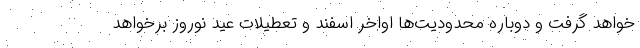
خواهد گرفت و دوباره محدودیت‌ها اواخر اسفند و تعطیلات عید نوروز برخواهد